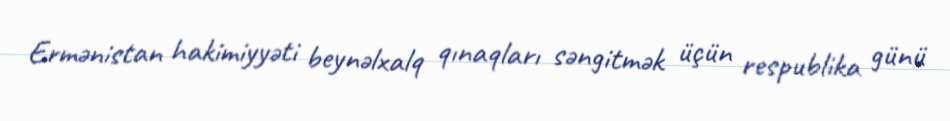
Ermənistan hakimiyyəti beynəlxalq qınaqları səngitmək üçün respublika günü